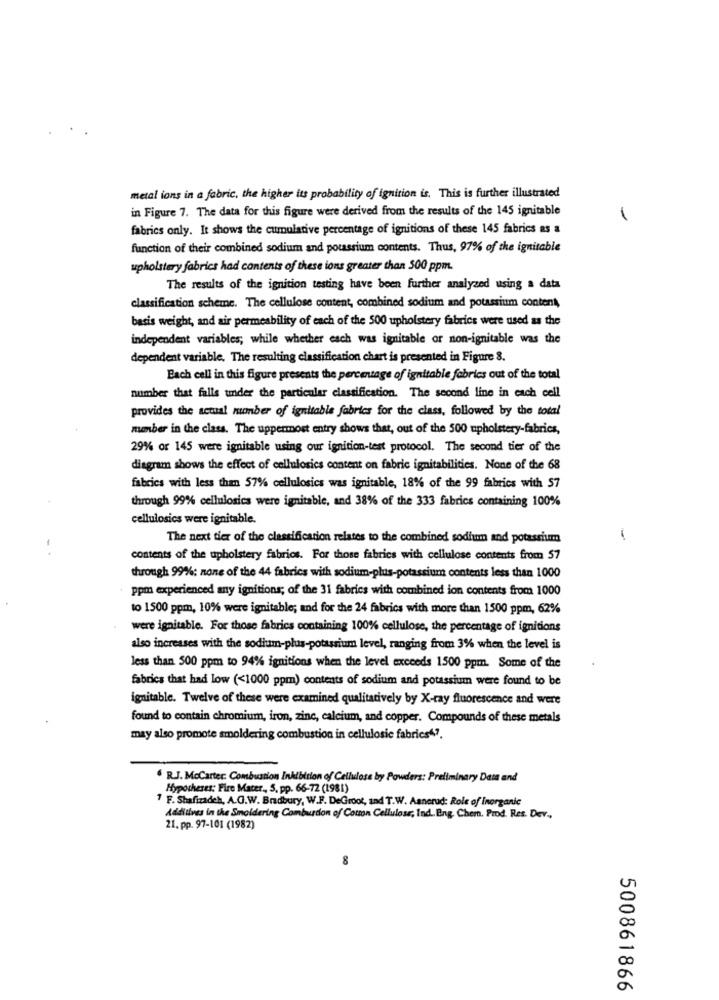
metal ions in a fabric, the higher its probability of ignition is. This is further illustrated
in Figure 7. The data for this figure were derived from the results of the 145 ignitable
fabrics only. It shows the cumulative percentage of ignitions of these 145 fabrics as a
function of their combined sodium and potassium contents. Thus, 97% of the ignitable
upholstery fabrics had contents of these ions greater than 500 ppm.
The results of the ignition testing have been further analyzed using a data
classification scheme. The cellulose content, combined sodium and potassium content,
basis weight, and air permeability of each of the 500 upholstery fabrics were used as the
independent variables; while whether each was ignitable or non-ignitable was the
dependent variable. The resulting classification chart is presented in Figure 8.
Each cell in this figure presents the percentage of ignitable fabrics out of the total
number that falls under the particular classification. The second line in each cell
provides the actual number of ignitable fabrics for the class, followed by the total
number in the class. The uppermost entry shows that, out of the 500 upholstery-fabrics,
29% or 145 were ignitable using our ignition-test protocol. The second tier of the
diagram shows the effect of cellulosics content on fabric ignitabilities. None of the 68
fabrics with less than 57% cellulosics was ignitable, 18% of the 99 fabrics with 57
through 99% cellulosics were ignitable, and 38% of the 333 fabrics containing 100%
cellulosics were ignitable.
The next tier of the classification relates to the combined sodium and potassium
-
contents of the upholstery fabrics. For those fabrics with cellulose contents from 57
through 99%: none of the 44 fabrics with sodium-plus-potassium contents less than 1000
ppm experienced any ignitions; of the 31 fabrics with combined ion contents from 1000
to 1500 ppm, 10% were ignitable; and for the 24 fabrics with more than 1500 ppm, 62%
were ignitable. For those fabrics containing 100% cellulose, the percentage of ignitions
also increases with the sodium-plus-potassium level, ranging from 3% when the level is
less than 500 ppm to 94% ignitions when the level exceeds 1500 ppm. Some of the
fabrics that had low (<1000 ppm) contents of sodium and potassium were found to be
ignitable. Twelve of these were examined qualitatively by X-ray fluorescence and were
found to contain chromium, iron, zinc, calcium, and copper. Compounds of these metals
may also promote smoldering combustion in cellulosie fabrics"".
$ R.J. McCarter. Combustion Inhibition of Cellulose by Powders: Preliminary Data and
Hypotheses: Fire Mater ., 5, pp. 66-72 (1981)
7 F. Shafizadeh, A.G.W. Bradbury, W.F. DeGroot, and T.W. Aanerad: Role of Inorganic
Additives in the Smoldering Combustion of Coton Cellulose, Ind ., Eng. Chem. Prod. Res. Dev .,
21. pp. 97-101 (1982)
500861866